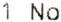
1 NO